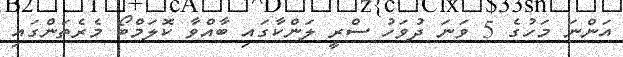
އަންނަ މަހުގެ 5 ވަނަ ދުވަހު ސްރީ ލަންކާގައި ބާއްވާ ކޮލަމްބޯ މެރެތަންގައި